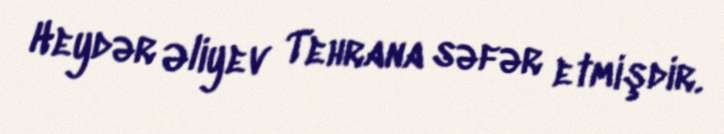
Heydər Əliyev Tehrana səfər etmişdir.